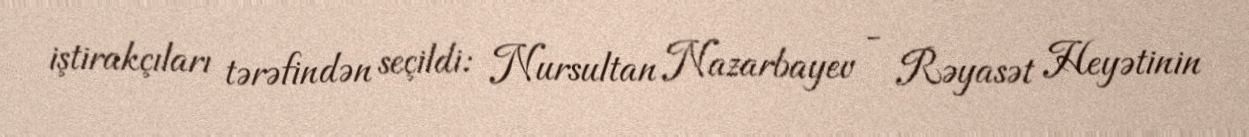
iştirakçıları tərəfindən seçildi: Nursultan Nazarbayev - Rəyasət Heyətinin